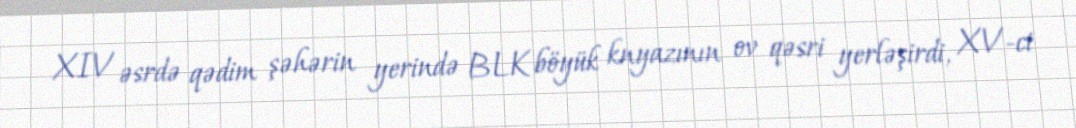
XIV əsrdə qədim şəhərin yerində BLK böyük knyazının ov qəsri yerləşirdi, XV-ci